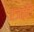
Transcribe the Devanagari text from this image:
एंजाईटी